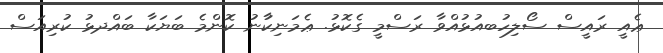
ޢެއީ ރައީސް ސޯލިހުބއުޅުއްވާ ރަސްމީ ގެކޮޅު. ޢެމަނިކުާނު ކޮންމެ ބަޔަކާ ބައްދޅު ކުރިއަސް